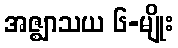
အဇ္ဈာသယ ၆-မျိုး